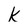
Character: k